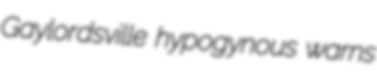
Gaylordsville hypogynous warns